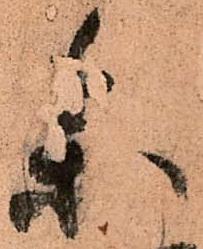
参